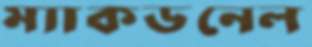
ম্যাকডনেল